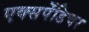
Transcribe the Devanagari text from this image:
एक्‍सपेंडिचर